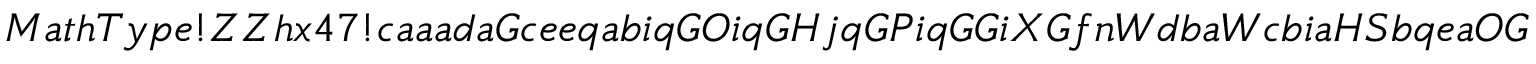
M a t h T y p e ! Z Z h x 4 7 ! c a a a d a G c e e q a b i q G O i q G H j q G P i q G G i X G f n W d b a W c b i a H S b q e a O G a g 2